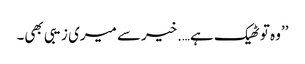
’’وہ تو ٹھیک ہے….خیرسے میری زیبی بھی۔